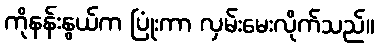
ကိုနန်းနွယ်က ပြုံးကာ လှမ်းမေးလိုက်သည်။